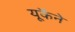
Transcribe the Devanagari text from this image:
यूकैने